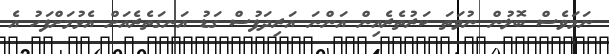
ނަމަވެސް ބޮލުން ނުވަތަ ކަރުތެރެއިން އަންނަ އަރިދަފުސް ގަޑު އަނގަތެރެއަށް އެޅުމަށްފަހު އެ